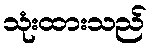
သုံးထားသည်